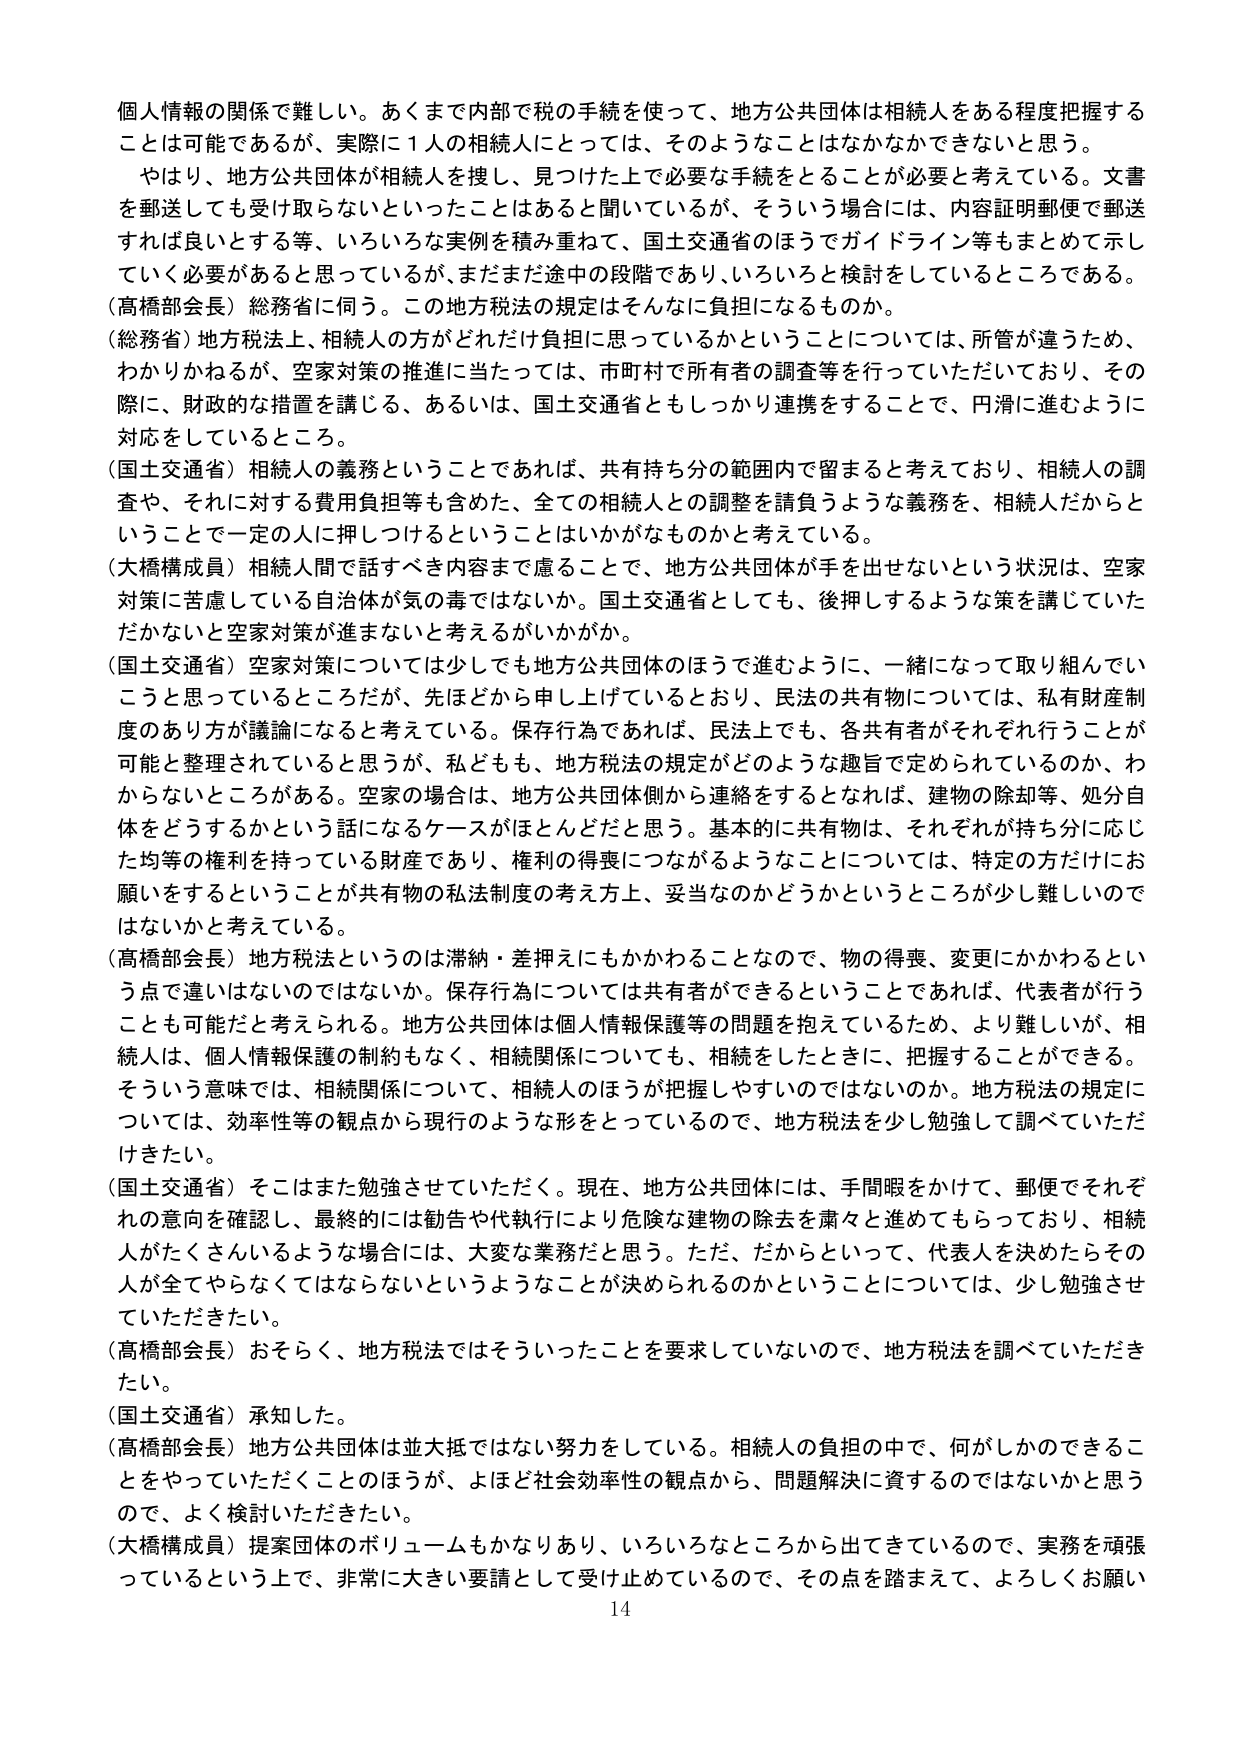
個人情報の関係で難しい。あくまで内部で税の手続を使って、地方公共団体は相続人をある程度把握することは可能であるが、実際に1人の相続人にとっては、そのようなことはなかなかできないと思う。

やはり、地方公共団体が相続人を捜し、見つけた上で必要な手続をとることが必要と考えている。文書を郵送しても受け取らないといったことはあると聞いているが、そういう場合には、内容証明郵便で郵送すれば良いとする等、いろいろな実例を積み重ねて、国土交通省のほうでガイドライン等もまとめて示していく必要があると思っているが、まだまだ途中の段階であり、いろいろと検討をしているところである。

（高橋部会長）総務省に伺う。この地方税法の規定はそんなに負担になるものか。

（総務省）地方税法上、相続人の方がどれだけ負担と思っているかということについては、所管が違うため、わかりかねるが、空家対策の推進に当たっては、市町村で所有者の調査等を行っていただいており、その際に、財政的な措置を講じる、あるいは、国土交通省ともしっかり連携をすることで、円滑に進むように対応をしているところ。

（国土交通省）相続人の義務ということでであれば、共有持ち分の範囲内で留まると考えており、相続人の調査や、それに対する費用負担等も含めた、全ての相続人との調整を請負うような義務を、相続人だからということで一定の人に押しつけるということはいかがなものかと考えている。

（大橋構成員）相続人間で話すべき内容まで慮ることで、地方公共団体が手を出せないという状況は、空家対策に苦慮している自治体が気の毒ではないか。国土交通省としても、後押しするような策を講じていただかないと空家対策が進まないと考えるがいかがか。

（国土交通省）空家対策については少しでも地方公共団体のほうで進むように、一緒になって取り組んでいこうと思っているところだが、先ほどから申し上げているとおり、民法の共有物については、私有財産制度のあり方が議論になると考えている。保存行為であれば、民法上でも、各共有者がそれぞれ行うことが可能と整理されていると思うが、私どもも、地方税法の規定がどのような趣旨で定められているのか、わからないところがある。空家の場合は、地方公共団体側から連絡をするとすれば、建物の除却等、処分自体をどうするかという話になるケースがほとんどだと思う。基本的に共有物は、それぞれが持ち分に応じた均等の権利を持っている財産であり、権利の得喪につながるようなことについては、特定の方だけにお願いをするということが共有物の私法制度の考え方上、妥当なのかどうかというところが少し難しいのではないかと考えている。

（高橋部会長）地方税法というのは滞納・差押えにもかかわることなので、物の得喪、変更にかかわるという点で違いはないのではないか。保存行為については共有者ができるということであれば、代表者が行うことも可能だと考えられる。地方公共団体は個人情報保護の問題を抱えているため、より難しいが、相続人は、個人情報保護の制約もなく、相続関係についても、相続をしたときに、把握することができる。そういう意味では、相続関係について、相続人のほうが把握しやすいのではないか。地方税法の規定については、効率性等の観点から現行のような形をとっているので、地方税法を少し勉強して調べていただきたい。

（国土交通省）そこはまた勉強させていただく。現在、地方公共団体には、手間暇をかけて、郵便でそれぞれの意向を確認し、最終的には勧告や代執行により危険な建物の除去を粛々と進めてもらっており、相続人がたくさんいるような場合には、大変な業務だと思う。ただ、だからといって、代表人を決めたらその人が全てやらなくてはならないというようなことが決められるのかということについては、少し勉強させていただきたい。

（高橋部会長）おそらく、地方税法ではそういったことを要求していないので、地方税法を調べていただきたい。

（国土交通省）承知した。

（高橋部会長）地方公共団体は並大抵ではない努力をしている。相続人の負担の中で、何がしかのできることをやっていただくことのほうが、よほど社会効率性の観点から、問題解決に資するのではないかと思うので、よく検討いただきたい。

（大橋構成員）提案団体のボリュームもかなりあり、いろいろなところから出てきているので、実務を頑張っているという上で、非常に大きい要請として受け止めているので、その点を踏まえて、よろしくお願い

14